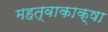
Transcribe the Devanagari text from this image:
महत्वाकाक्षा